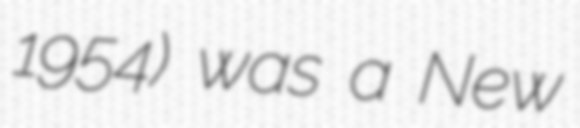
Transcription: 1954) was a New